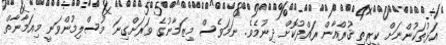
އަޅުތަކުންނަށް ކީރިތި ޤުރްއާން ރައްދުކޮށް ދިނުމެވެ. ނަމަވެސް މިޒަމާނުގެ ވަރަށްގިނަ މުސްލިމުންވަނީ މިއަމާނާތް